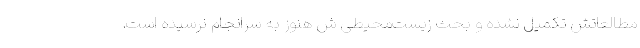
مطالعاتش تکمیل نشده و بحث زیست‌محیطی ش هنوز به سرانجام نرسیده است.